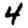
Digit: 4